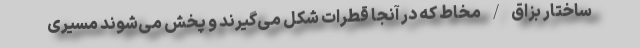
ساختار بزاق / مخاط که در آنجا قطرات شکل می‌گیرند و پخش می‌شوند مسیری